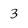
Character: 3